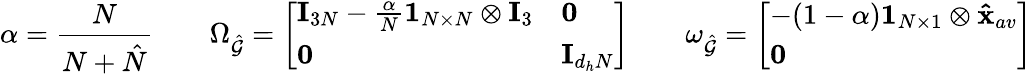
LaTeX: \alpha=\frac{N}{N+\hat{N}}\quad\quad\Omega_{\hat{\mathcal{G}}}=\left[\begin{array}{ll}{\mathbf{I}_{3N}-\frac{\alpha}{N}\mathbf{1}_{N\times N}\otimes\mathbf{I}_{3}}&{\mathbf{0}}\\ {\mathbf{0}}&{\mathbf{I}_{d_{h}N}}\end{array}\right]\quad\quad\omega_{\hat{\mathcal{G}}}=\left[\begin{array}{l}{-(1-\alpha)\mathbf{1}_{N\times 1}\otimes\mathbf{\hat{x}}_{av}}\\ {\mathbf{0}}\end{array}\right]